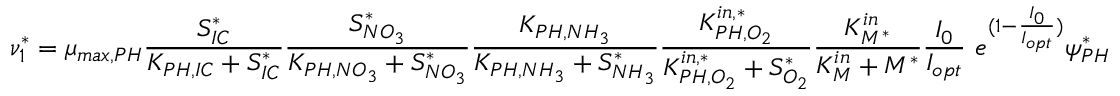
\nu _ { 1 } ^ { * } = \mu _ { m a x , P H } \frac { S _ { I C } ^ { * } } { K _ { P H , I C } + S _ { I C } ^ { * } } \frac { S _ { N O _ { 3 } } ^ { * } } { K _ { P H , N O _ { 3 } } + S _ { N O _ { 3 } } ^ { * } } \frac { K _ { P H , N H _ { 3 } } } { K _ { P H , N H _ { 3 } } + S _ { N H _ { 3 } } ^ { * } } \frac { K _ { P H , O _ { 2 } } ^ { i n , * } } { K _ { P H , O _ { 2 } } ^ { i n , * } + S _ { O _ { 2 } } ^ { * } } \frac { K _ { M ^ { * } } ^ { i n } } { K _ { M } ^ { i n } + M ^ { * } } \frac { I _ { 0 } } { I _ { o p t } } \ e ^ { ( 1 - \frac { I _ { 0 } } { I _ { o p t } } ) } \psi _ { P H } ^ { * }